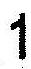
1